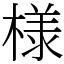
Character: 様